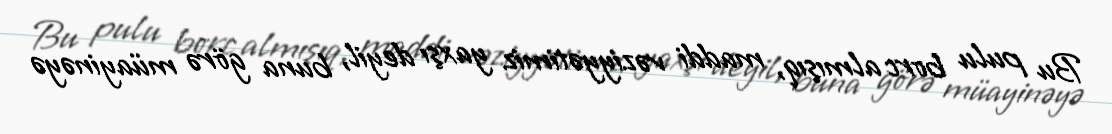
Bu pulu borc almışıq, maddi vəziyyətimiz yaxşı deyil, buna görə müayinəyə